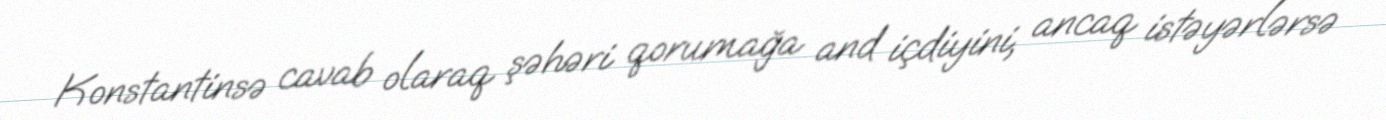
Konstantinsə cavab olaraq şəhəri qorumağa and içdiyini, ancaq istəyərlərsə